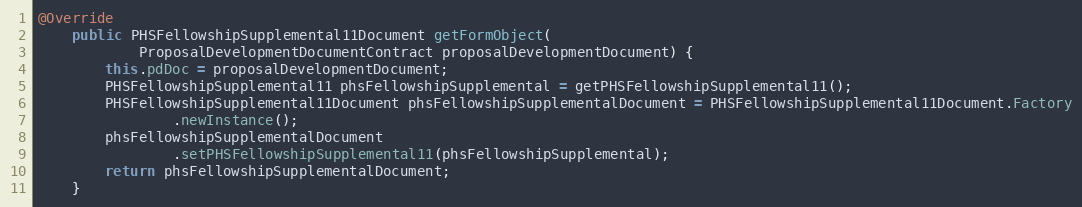
Language: Java
@Override
	public PHSFellowshipSupplemental11Document getFormObject(
			ProposalDevelopmentDocumentContract proposalDevelopmentDocument) {
		this.pdDoc = proposalDevelopmentDocument;
        PHSFellowshipSupplemental11 phsFellowshipSupplemental = getPHSFellowshipSupplemental11();
        PHSFellowshipSupplemental11Document phsFellowshipSupplementalDocument = PHSFellowshipSupplemental11Document.Factory
                .newInstance();
        phsFellowshipSupplementalDocument
                .setPHSFellowshipSupplemental11(phsFellowshipSupplemental);
        return phsFellowshipSupplementalDocument;
	}